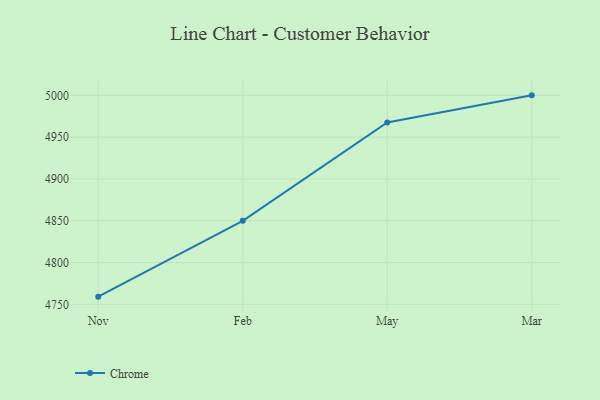
{"axis": {"x": "Month", "y": "Website Visitors"}, "legend": ["Chrome"], "data": [{"x": "Nov", "y": 4759.2, "type": "Chrome"}, {"x": "Feb", "y": 4849.9, "type": "Chrome"}, {"x": "May", "y": 4967.5, "type": "Chrome"}, {"x": "Mar", "y": 5000, "type": "Chrome"}]}